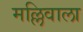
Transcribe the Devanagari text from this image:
मल्लिवाला